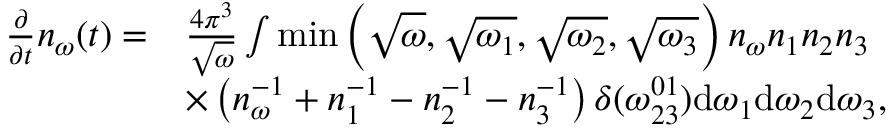
\begin{array} { r l } { \frac { \partial } { \partial t } n _ { \omega } ( t ) = } & { \frac { 4 \pi ^ { 3 } } { \sqrt { \omega } } \int \operatorname* { m i n } \left( \sqrt { \omega } , \sqrt { \omega _ { 1 } } , \sqrt { \omega _ { 2 } } , \sqrt { \omega _ { 3 } } \right) n _ { \omega } n _ { 1 } n _ { 2 } n _ { 3 } } \\ & { \times \left( n _ { \omega } ^ { - 1 } + n _ { 1 } ^ { - 1 } - n _ { 2 } ^ { - 1 } - n _ { 3 } ^ { - 1 } \right) \delta ( \omega _ { 2 3 } ^ { 0 1 } ) \mathrm { d } \omega _ { 1 } \mathrm { d } \omega _ { 2 } \mathrm { d } \omega _ { 3 } , } \end{array}